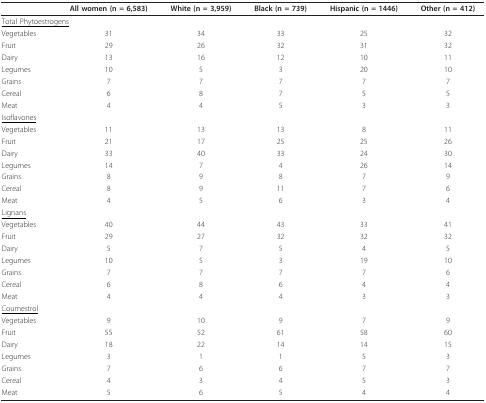
<table><thead><tr><td></td><td><b>All women (n = 6,583)</b></td><td><b>White (n = 3,959)</b></td><td><b>Black (n = 739)</b></td><td><b>Hispanic (n = 1446)</b></td><td><b>Other (n = 412)</b></td></tr></thead><tbody><tr><td colspan="2"><underline>Total Phytoestrogens</underline></td><td></td><td></td><td></td><td></td></tr><tr><td>Vegetables</td><td>31</td><td>34</td><td>33</td><td>25</td><td>32</td></tr><tr><td>Fruit</td><td>29</td><td>26</td><td>32</td><td>31</td><td>32</td></tr><tr><td>Dairy</td><td>13</td><td>16</td><td>12</td><td>10</td><td>11</td></tr><tr><td>Legumes</td><td>10</td><td>5</td><td>3</td><td>20</td><td>10</td></tr><tr><td>Grains</td><td>7</td><td>7</td><td>7</td><td>7</td><td>7</td></tr><tr><td>Cereal</td><td>6</td><td>8</td><td>7</td><td>5</td><td>5</td></tr><tr><td>Meat</td><td>4</td><td>4</td><td>5</td><td>3</td><td>3</td></tr><tr><td><underline>Isoflavones</underline></td><td></td><td></td><td></td><td></td><td></td></tr><tr><td>Vegetables</td><td>11</td><td>13</td><td>13</td><td>8</td><td>11</td></tr><tr><td>Fruit</td><td>21</td><td>17</td><td>25</td><td>25</td><td>26</td></tr><tr><td>Dairy</td><td>33</td><td>40</td><td>33</td><td>24</td><td>30</td></tr><tr><td>Legumes</td><td>14</td><td>7</td><td>4</td><td>26</td><td>14</td></tr><tr><td>Grains</td><td>8</td><td>9</td><td>8</td><td>7</td><td>9</td></tr><tr><td>Cereal</td><td>8</td><td>9</td><td>11</td><td>7</td><td>6</td></tr><tr><td>Meat</td><td>4</td><td>5</td><td>6</td><td>3</td><td>4</td></tr><tr><td><underline>Lignans</underline></td><td></td><td></td><td></td><td></td><td></td></tr><tr><td>Vegetables</td><td>40</td><td>44</td><td>43</td><td>33</td><td>41</td></tr><tr><td>Fruit</td><td>29</td><td>27</td><td>32</td><td>32</td><td>32</td></tr><tr><td>Dairy</td><td>5</td><td>7</td><td>5</td><td>4</td><td>5</td></tr><tr><td>Legumes</td><td>10</td><td>5</td><td>3</td><td>19</td><td>10</td></tr><tr><td>Grains</td><td>7</td><td>7</td><td>7</td><td>7</td><td>6</td></tr><tr><td>Cereal</td><td>6</td><td>8</td><td>6</td><td>4</td><td>4</td></tr><tr><td>Meat</td><td>4</td><td>4</td><td>4</td><td>3</td><td>3</td></tr><tr><td><underline>Coumestrol</underline></td><td></td><td></td><td></td><td></td><td></td></tr><tr><td>Vegetables</td><td>9</td><td>10</td><td>9</td><td>7</td><td>9</td></tr><tr><td>Fruit</td><td>55</td><td>52</td><td>61</td><td>58</td><td>60</td></tr><tr><td>Dairy</td><td>18</td><td>22</td><td>14</td><td>14</td><td>15</td></tr><tr><td>Legumes</td><td>3</td><td>1</td><td>1</td><td>5</td><td>3</td></tr><tr><td>Grains</td><td>7</td><td>6</td><td>6</td><td>7</td><td>7</td></tr><tr><td>Cereal</td><td>4</td><td>3</td><td>4</td><td>5</td><td>3</td></tr><tr><td>Meat</td><td>5</td><td>6</td><td>5</td><td>4</td><td>4</td></tr></tbody></table>